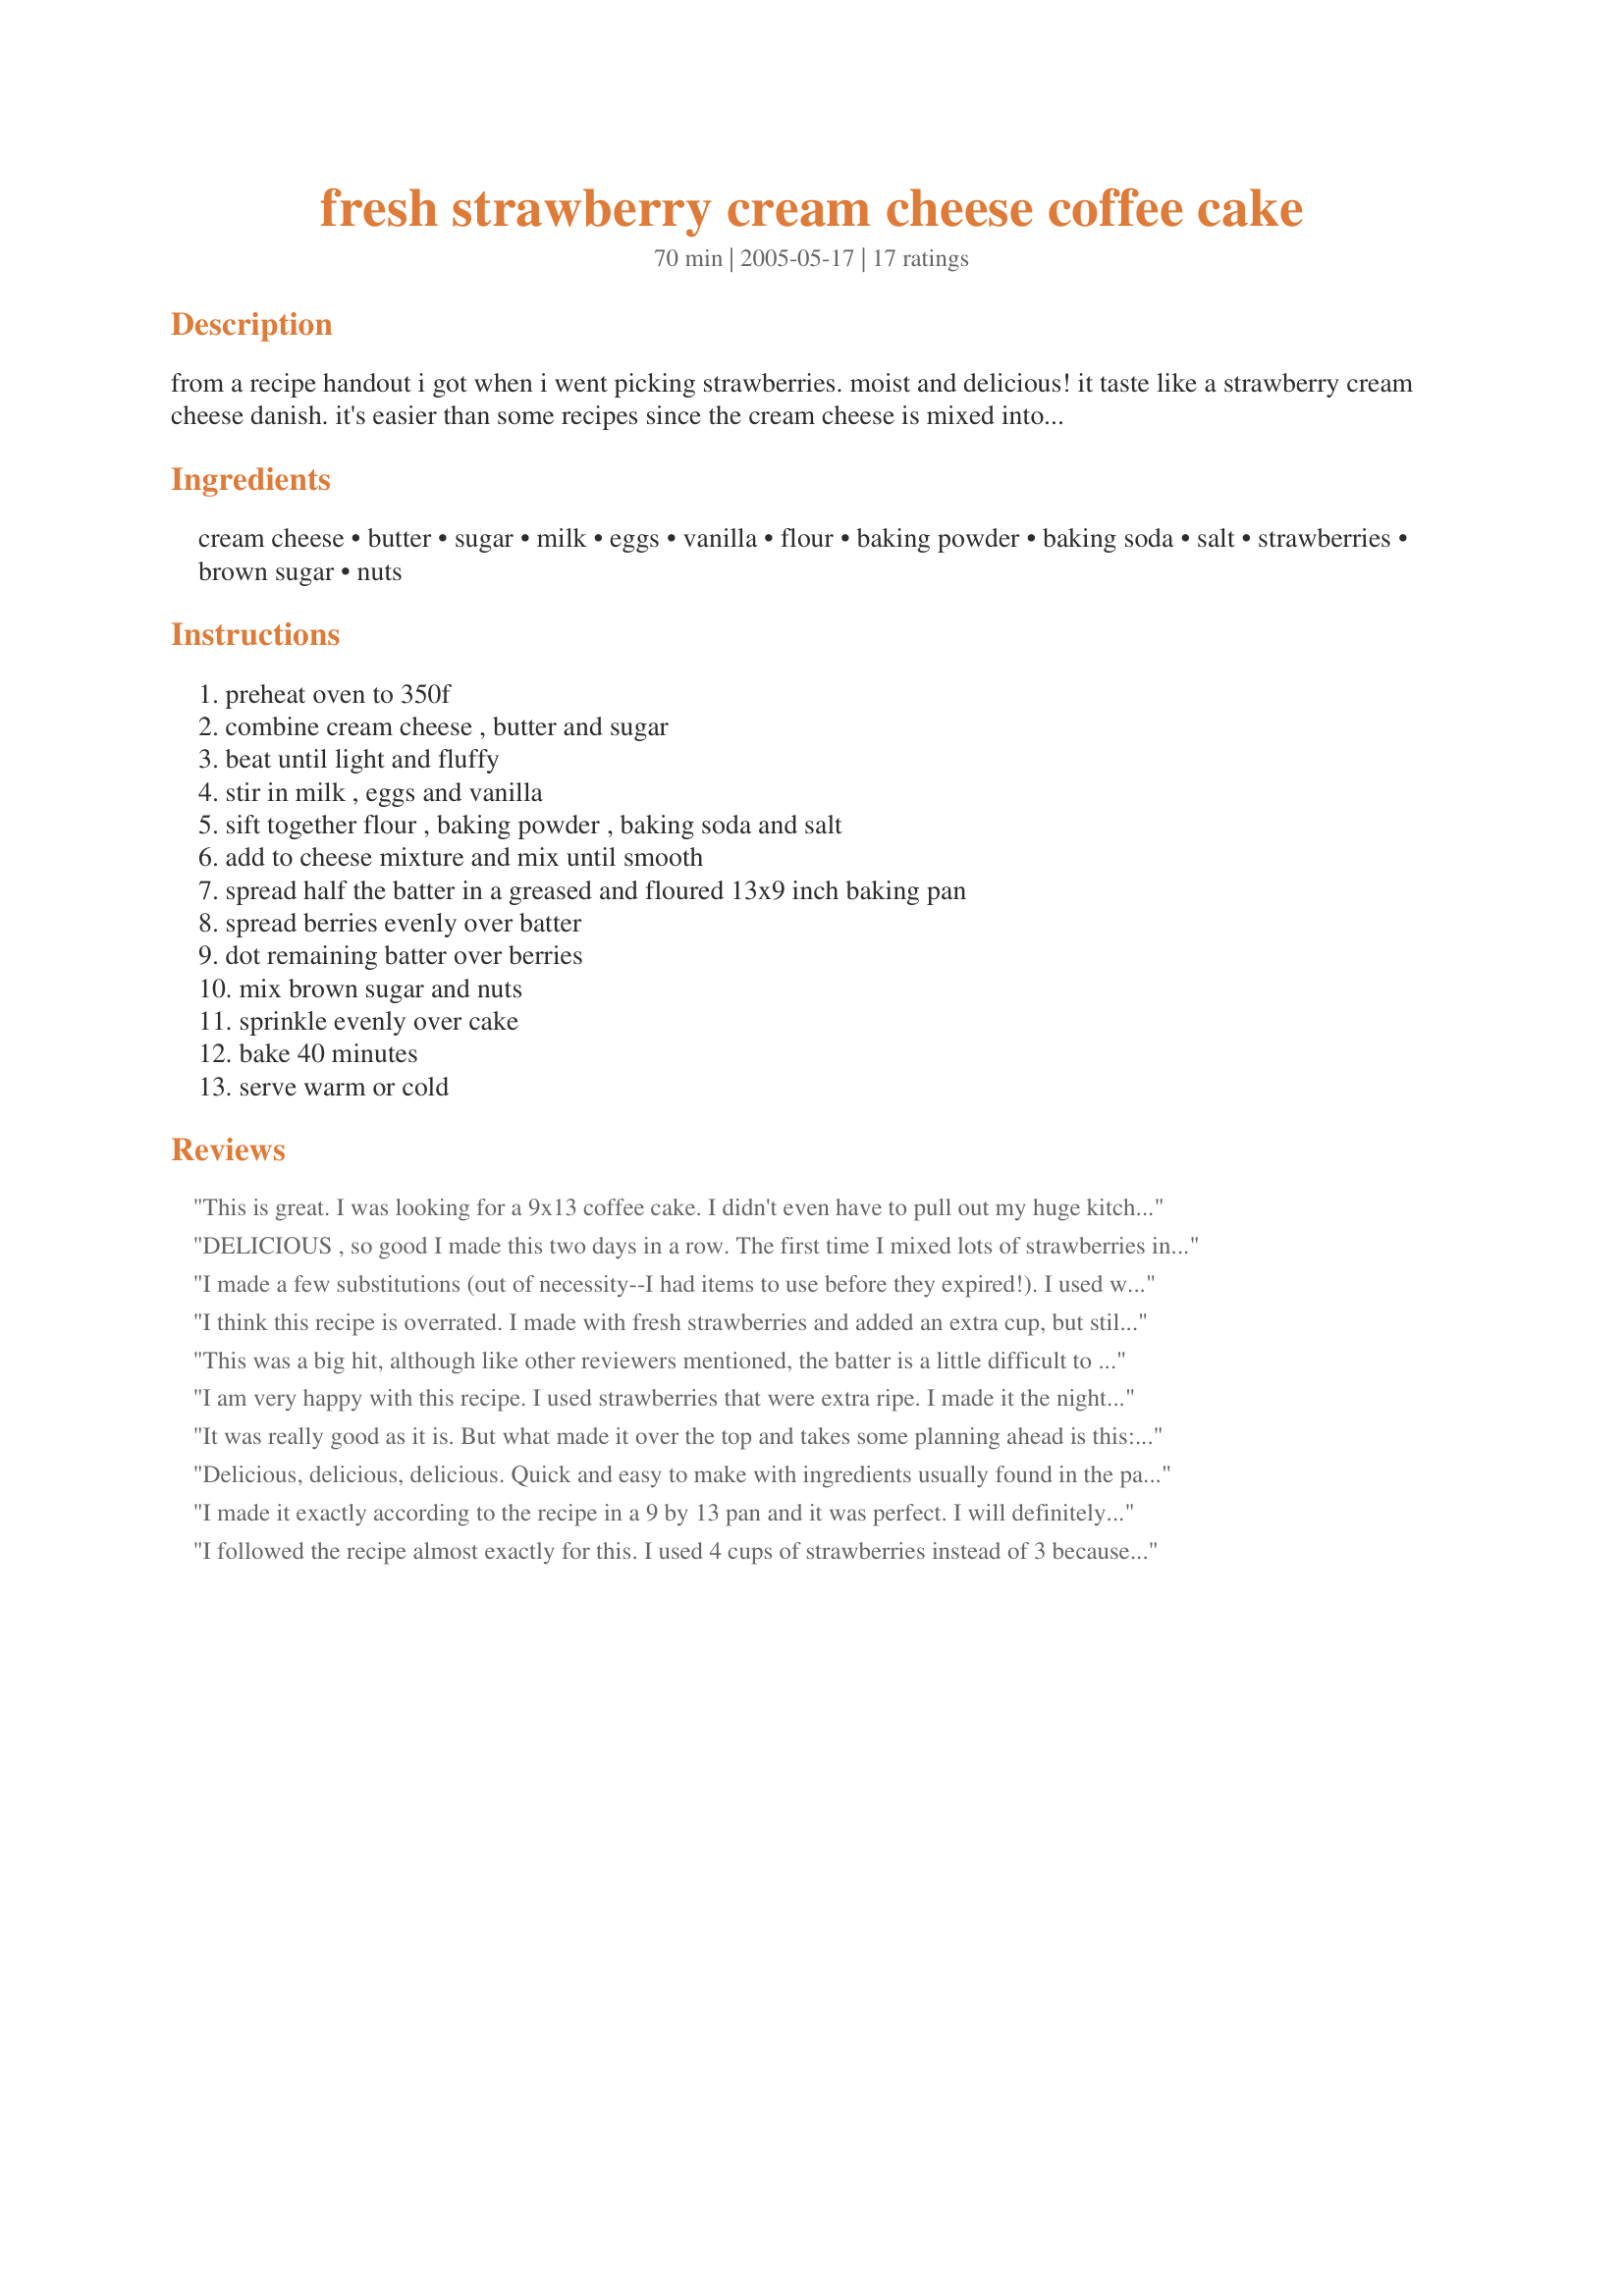
fresh strawberry cream cheese coffee cake
Preparation time: 70 minutes

from a recipe handout i got when i went picking strawberries. moist and delicious! it taste like a strawberry cream cheese danish. it's easier than some recipes since the cream cheese is mixed into the batter and not used as a separate layer. you could also serve it as a dessert with ice cream on top like a cobbler.

Ingredients:
cream cheese, butter, sugar, milk, eggs, vanilla, flour, baking powder, baking soda, salt, strawberries, brown sugar, nuts

Steps:
preheat oven to 350f, combine cream cheese , butter and sugar, beat until light and fluffy, stir in milk , eggs and vanilla, sift together flour , baking powder , baking soda and salt, add to cheese mixture and mix until smooth, spread half the batter in a greased and floured 13x9 inch baking pan, spread berries evenly over batter, dot remaining batter over berries, mix brown sugar and nuts, sprinkle evenly over cake, bake 40 minutes, serve warm or cold

Reviews:
This is great. I was looking for a 9x13 coffee cake. I didn't even have to pull out my huge kitchen aid stand mixer. My hand mixer was sufficient. It came out really moist. And not too sweet.
DELICIOUS , so good I made this two days in a row. The first time I mixed lots of strawberries in batter . Well folded them in and it was too tasty . The second time I did recipe by directions and it looked much prettier but tasted just as good as first time. I do not know what size pans I used, but it was beautiful with the strawberries in it and brown sugar on top. My husband put ice cream , chocolate drizzle, and whip cream on it last night and devoured it. Another reason I made this cake two days in a row. My new favorite cake to bake.
I made a few substitutions (out of necessity--I had items to use before they expired!). I used whole milk ricotta in place of the cream cheese and whole milk buttermilk in place of the regular milk. I also baked it in a 10&quot; springform pan for about an hour and 10 minutes. This cake is to die for!!!
I think this recipe is overrated. I made with fresh strawberries and added an extra cup, but still did not find it very flavorful. I cooked in a 9x9 pan and extended cooking time to 50 minutes. It was moist, but I could not taste the cream cheese which I was sorry about.
This was a big hit, although like other reviewers mentioned, the batter is a little difficult to work with. Still, I used a 13x9 inch pan and used a knife (and my fingers) to spread the batter out. The top layer is easier to work with, since it's just dropping the batter over the berries, sort of like a cobbler. Although I didn't think it tasted like a danish, it was certainly very delicious and received raves all around. I will definitely make this again.
I am very happy with this recipe. I used strawberries that were extra ripe. I made it the night before it was needed and the next morning, the coffee cake smelled (and tasted) so good. I added a little drizzle of a confectioners sugar glaze to the top. I will make this again.
It was really good as it is. But what made it over the top and takes some planning ahead is this: I sliced 2 containers of strawberries and put them in a bowl with some sugar on top in the fridge. You should leave it in the fridge for at least 3 hours but this time I did 2 days. Then the only other thing I did was double the crumb top so 1/2 cup of brown sugar to 1 cup nuts. Amazing.
Delicious, delicious, delicious. Quick and easy to make with ingredients usually found in the pantry or fridge. We loved this wonderful treat. The strawberries and cream cheese were so good in this lovely cake. I used a 8x8 pan it worked perfectly for me. Great flavor, excellent texture, the cake rose beautifully and had a perfect crumb. Thank you so much for sharing another winner. Your recipes are wonderful. Made for Whats on the Menu Tag Game.
I made it exactly according to the recipe in a 9 by 13 pan and it was perfect. I will definitely make this again. The cream cheese in the cake made it very moist. The batter is very thick and hard to spread. As suggested, I spread the bottom half with a knife. The top half of batter I just put little gobs on the top, trying to spread them out. It did not spread out to cover the top evenly when baking but still looked and tasted great.
I followed the recipe almost exactly for this. I used 4 cups of strawberries instead of 3 because I wanted to use up all the ones in my fridge. I also omitted the nuts because I only had peanuts and I'm not really fond of nuts in my baked goods anyway. I put the batter in the pan the way the recipe directions suggested and I'm glad I did. It would have been a lot harder to spread if I had dumped it all in at once. I will most likely be making this recipe again. The only thing I would change next time is to cut back on the sugar just a bit. It's not overly sweet as written but I just want to try to cut down my sugar intake a bit.
I used macerated strawberries because that was what I was trying to use up. Other than that I did exactly what the recipe instructed. I put it in the oven for 40 minutes and forgot about it until the timer went off. It came out PERFECT. I love it. I could eat half the pan easily. I am going to try withe blueberries next.
A great coffee cake. I used a pan smaller than 9&times;13, bUT lager than 8&times;8. The batter IS hard to spread evenly. It disappeared in a hurry and I'm making another today. Going to try using frozen cherries.
This was an enormous hit! I sent this to work with my husband and everybody raved over it. The only gripe I have with this recipe is in the instructions. I tried putting this into a 9x13 pan and found that I didn't have nearly enough batter to even cover the bottom of the pan when I split the batter in half. I tried it in an 8x8 instead, and had great success! The cake rose nicely, just over the top of the pan, but once out of the oven it settled down to be at the pan's rim. This is definitely a fantastic way to use up those gorgeous strawberries! Thanks.
Made this last night for the first time. Easy to make and tasted wonderful. Will definitely make again. Thanks for posting!
This is moist, flavorful and spot on for a great breakfast. I CAN verify that the 8x8 pan works well at 350&#039; but takes almost an hour to cook thoroughly. I didn&#039;t have strawberries, but used cranberries that were partially pureed. I also sprinkled the top with a flavored sugar from Your Inspiration at Home, Rose Sugar. It was a mild addition to add more flavor to an already great recipe. &lt;br/&gt;http://www.marclewis.yourinspirationathome.com.au/
Im going to try making this into muffins today, ill let you know how it turns out!
This is SO GOOD! I baked it in a 9 x 13, and the only change I made was more pecans (personal preference.) It could have just as easily been a dessert! Used a 16 oz container of strawberries, sliced thin. Next time I want to use more, even though it was incredibly moist as it was.... THANK YOU!! (hint: doesn&#039;t travel well unless you leave it level. Mine scooted around in the pan when we transported it on its side. Didn&#039;t affect the taste, but didn&#039;t look as pretty....Chilled it after travel and it tasted fine that way.) Adding in response to other reviewers: To me, it was easy to make in a 9x13. I spent some extra time spreading it thinly in the bottom, before putting on the strawberries. Then I put dollops of the dough on top of the strawberries, spreading carefully again to join the dollops so as to not disturb the strawberries too much. I thought it was perfect and moist like that. I want to try this with other fruit some time, like peaches or blueberries.
